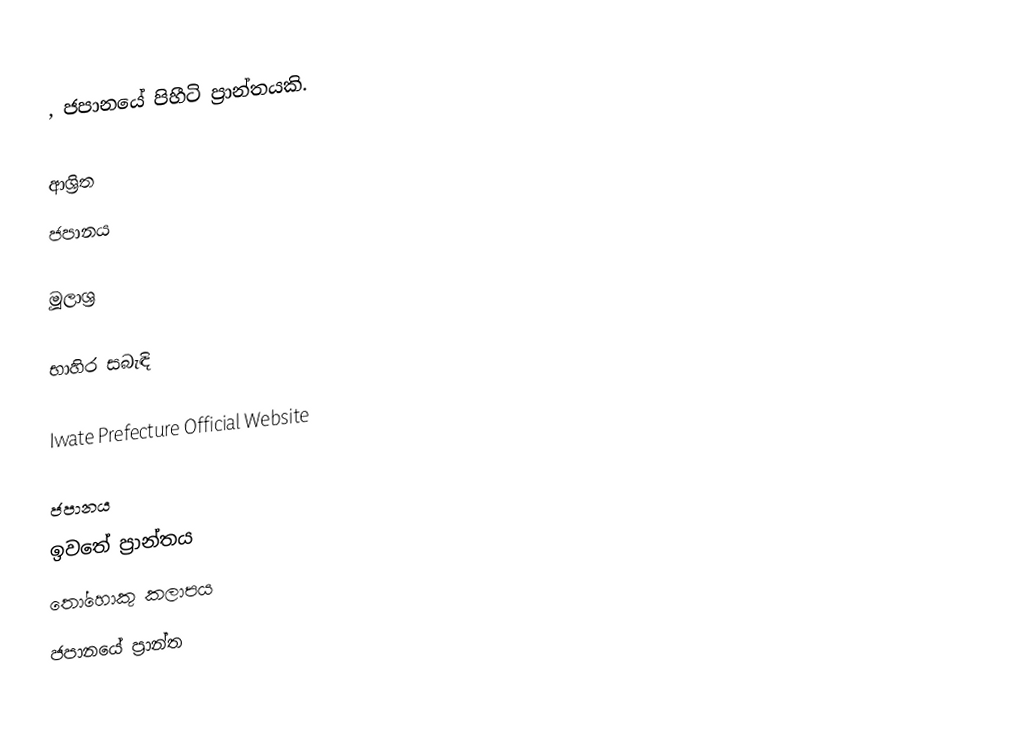
, ජපානයේ පිහීටි ප්‍රාන්තයකි.

ආශ්‍රිත
 ජපානය

මූලාශ්‍ර

භාහිර සබැඳි

Iwate Prefecture Official Website

ජපානය
ඉවතේ ප්‍රාන්තය
තෝහොකු කලාපය
ජපානයේ ප්‍රාන්ත